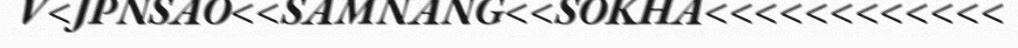
V<JPNSAO<<SAMNANG<<SOKHA<<<<<<<<<<<<